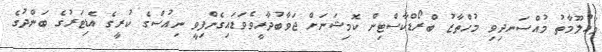
މައުލޫމާތު މުއްސަނދިވި މުހްތާޒު ބްރޯޑްކާސްޓިން ކޮމިޝަނަށް ޖަވާބުދާރީވެވަޑައިގެންފިވީ ނިއުސްގެ ކުރީގެ އެޑިޓަރުގެ ބަންދުގެ